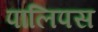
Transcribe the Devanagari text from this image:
पालिपस